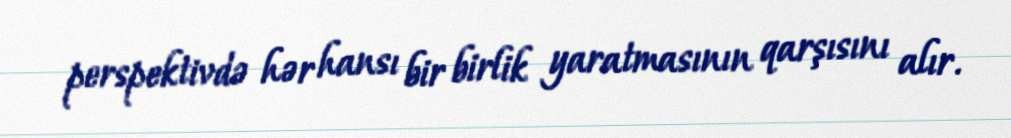
perspektivdə hər hansı bir birlik yaratmasının qarşısını alır.